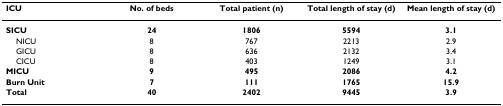
<table><thead><tr><td><b>ICU</b></td><td><b>No. of beds</b></td><td><b>Total patient (n)</b></td><td><b>Total length of stay (d)</b></td><td><b>Mean length of stay (d)</b></td></tr></thead><tbody><tr><td><b>SICU</b></td><td><b>24</b></td><td><b>1806</b></td><td><b>5594</b></td><td><b>3.1</b></td></tr><tr><td> NICU</td><td>8</td><td>767</td><td>2213</td><td>2.9</td></tr><tr><td> GICU</td><td>8</td><td>636</td><td>2132</td><td>3.4</td></tr><tr><td> CICU</td><td>8</td><td>403</td><td>1249</td><td>3.1</td></tr><tr><td><b>MICU</b></td><td><b>9</b></td><td><b>495</b></td><td><b>2086</b></td><td><b>4.2</b></td></tr><tr><td><b>Burn Unit</b></td><td><b>7</b></td><td><b>111</b></td><td><b>1765</b></td><td><b>15.9</b></td></tr><tr><td><b>Total</b></td><td><b>40</b></td><td><b>2402</b></td><td><b>9445</b></td><td><b>3.9</b></td></tr></tbody></table>